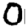
Digit: 0